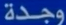
وجدة